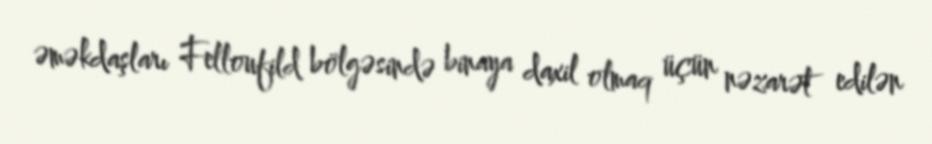
əməkdaşları Felloufild bölgəsində binaya daxil olmaq üçün nəzarət edilən